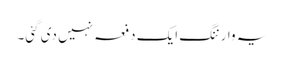
یہ وارننگ ایک دفعہ نہیں دی گئی۔